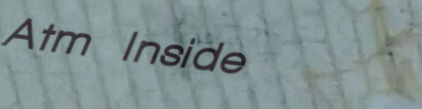
Atm Inside